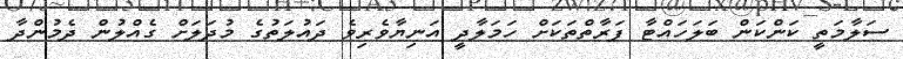
ސަލާމަތީ ކަންކަން ބަލަހައްޓާ ފަރާތްތަކަށް ހަމަލާދީ އަނިޔާވެރިވެ ދައުލަތުގެ މުދަލަށް ގެއްލުން ދެމުންދާ